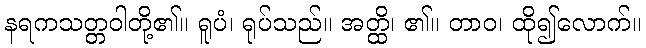
နရကသတ္တဝါတို့၏။ ရူပံ၊ ရုပ်သည်။ အတ္ထိ၊ ၏။ တာဝ၊ ထို၍လောက်။